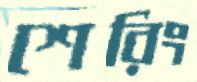
শেরিং